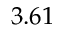
3 . 6 1